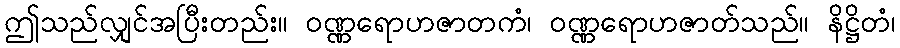
ဤသည်လျှင်အပြီးတည်း။ ဝဏ္ဏရောဟဇာတကံ၊ ဝဏ္ဏရောဟဇာတ်သည်။ နိဋ္ဌိတံ၊